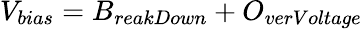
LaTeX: V_{bias}=B_{reakDown}+O_{verVoltage}